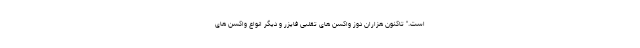
است." تاکنون هزاران دوز واکسن های تقلبی فایزر و دیگر انواع واکسن های